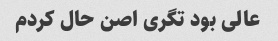
عالی بود تگری اصن حال کردم